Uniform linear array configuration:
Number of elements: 12
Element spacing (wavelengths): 0.5
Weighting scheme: blackman
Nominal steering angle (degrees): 30
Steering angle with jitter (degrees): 29.02
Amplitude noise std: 0.05
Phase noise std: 0.05

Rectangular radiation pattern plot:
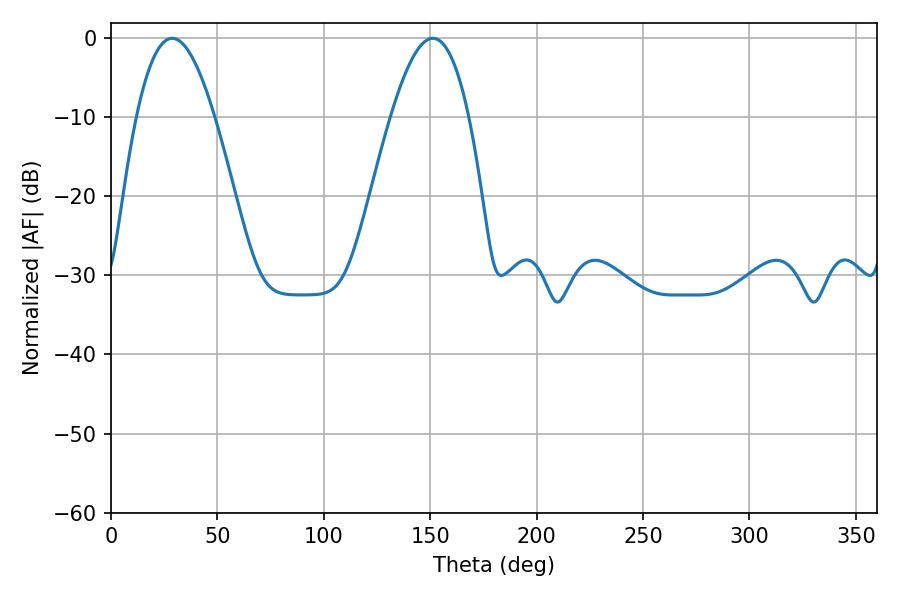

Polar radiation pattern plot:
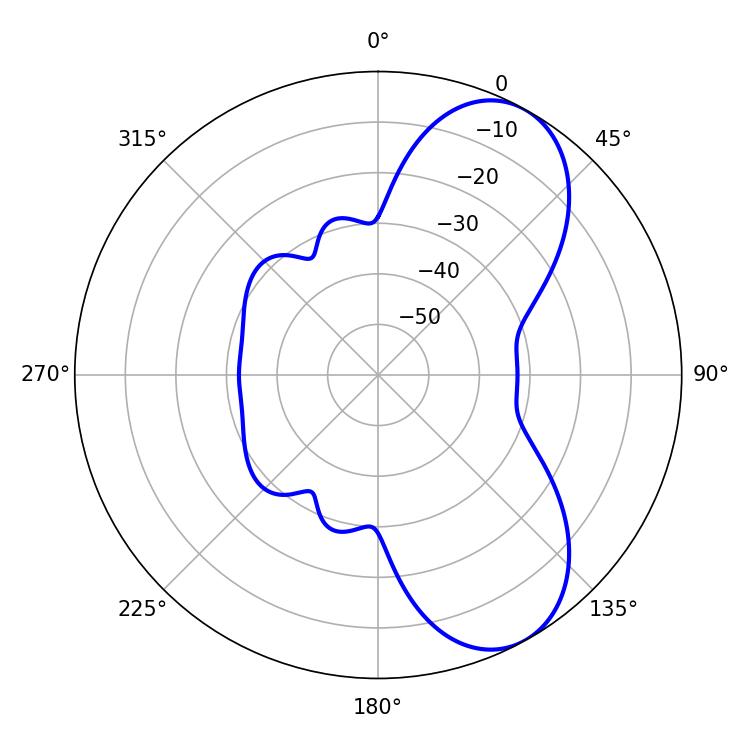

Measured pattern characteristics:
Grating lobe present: FALSE
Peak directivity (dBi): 7.348
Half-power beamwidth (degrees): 19.98
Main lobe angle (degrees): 28.8